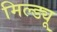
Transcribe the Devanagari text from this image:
मिल्ड्यू